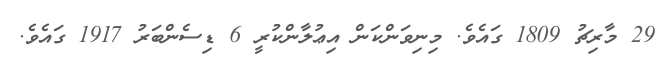
29 މާރިޗު 1809 ގައެވެ. މިނިވަންކަން އިޢުލާންކުރީ 6 ޑިސެންބަރު 1917 ގައެވެ.